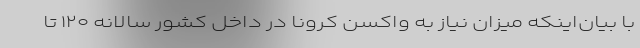
با بیان‌اینکه میزان نیاز به واکسن کرونا در داخل کشور سالانه ۱۲۰ تا